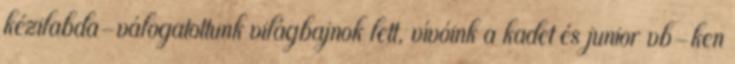
kézilabda-válogatottunk világbajnok lett, vívóink a kadet és junior vb-ken